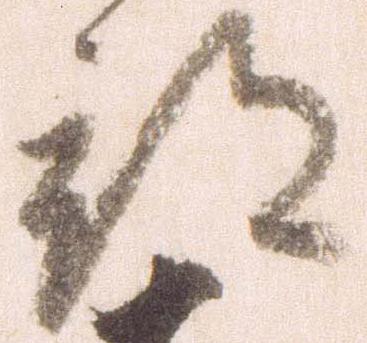
部